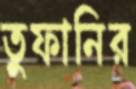
তুফানির